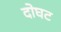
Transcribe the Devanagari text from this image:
दोघट